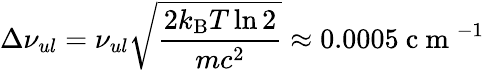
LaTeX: \Delta\nu_{ul}=\nu_{ul}\sqrt{\frac{2k_{\mathrm{B}}T\ln 2}{mc^{2}}}\approx 0.0005\mathrm{~c~m~}^{-1}